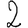
Digit: 2